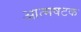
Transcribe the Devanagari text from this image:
आत्मषटक